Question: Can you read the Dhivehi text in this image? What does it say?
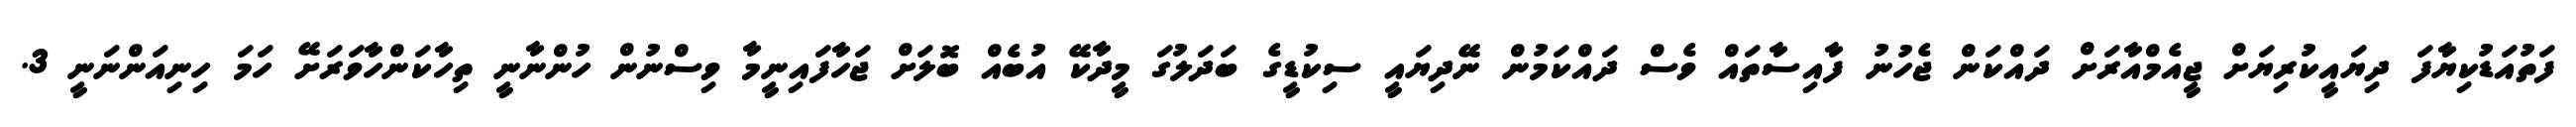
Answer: ފަތުއަޑުކިޔާފަ ދިޔައީކުރިޔަށް ޖީއެމްއާރަށް ދައްކަން ޖެހުނު ފާއިސާތައް ވެސް ދައްކަމުން ނޭދިޔައީ ސިކުޑީގެ ބަދަލުގަ މީދާކޭ އުބެއް ބޮލަށް ޖަހާފައިނީމާ ވިސްނުން ހުންނާނީ ތިހާކަންހާވަރަށޭ ހަމަ ހިނިއަންނަނީ 3.